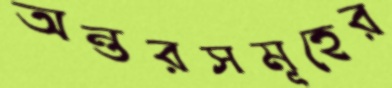
অন্তরসমূহের